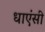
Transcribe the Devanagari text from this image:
धाएंसी